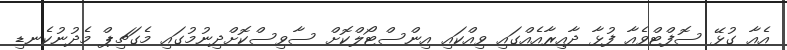
އެއާ ގުޅޭ ސޮފްޓްވެއާ ފުޅާ ދާއިރާއެއްގައި ވިއްކައި އިންސްޓޯލްކޮށް ސާވިސްކޮށްދިނުމުގައި މެގަޗިޕް މެދުނުކެނޑި